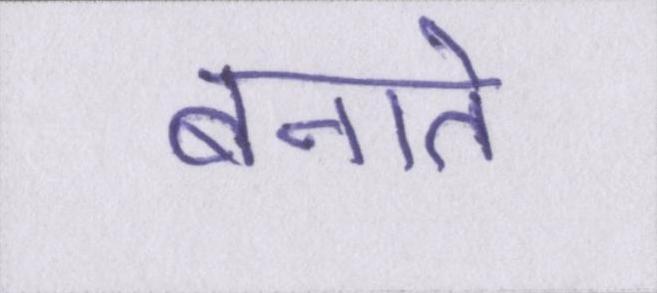
बनाते